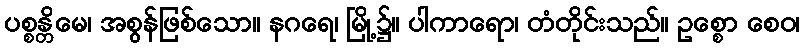
ပစ္စန္တိမေ၊ အစွန်ဖြစ်သော။ နဂရေ၊ မြို့၌။ ပါကာရော၊ တံတိုင်းသည်။ ဥစ္စော စေဝ၊